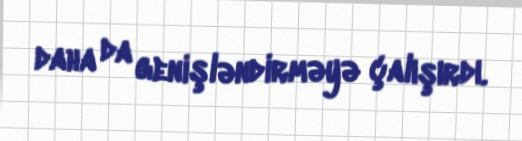
daha da genişləndirməyə çalışırdı.